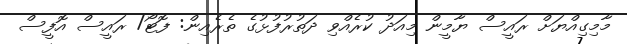
މާމިގިއްޔަށް ރައީސް ޔާމީން މިއަދު ކުރެއްވި ދަތުރުފުޅުގެ ތެރެއިން: ފޮޓޯ/ ރައީސް އޮފީސް